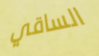
الساقي